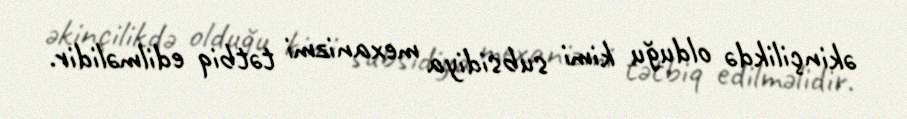
əkinçilikdə olduğu kimi subsidiya mexanizmi tətbiq edilməlidir.